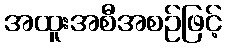
အထူးအစီအစဉ်ဖြင့်